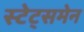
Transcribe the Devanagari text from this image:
स्टेट्समेन